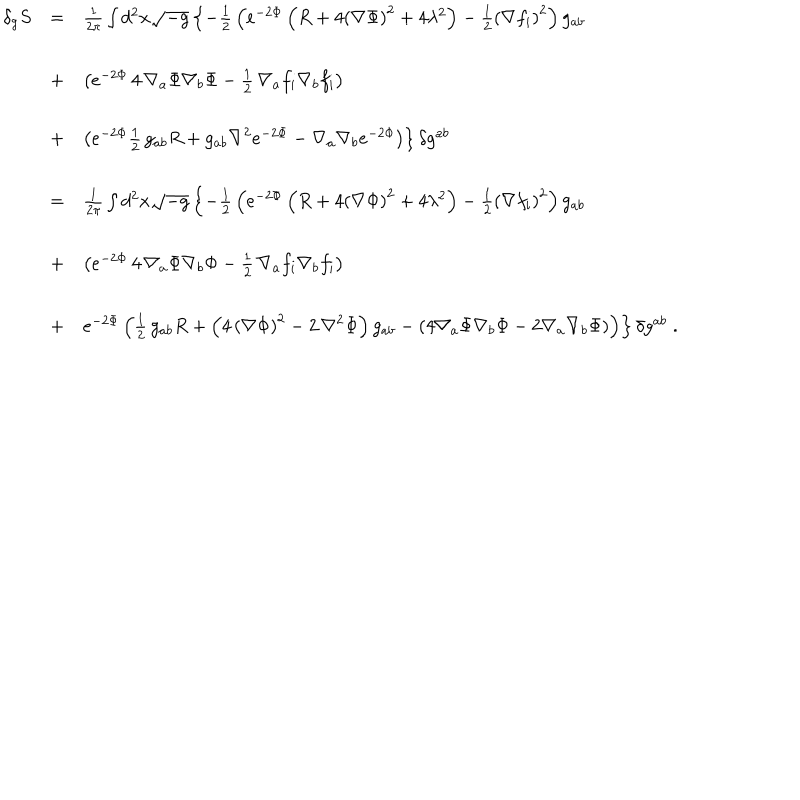
LaTeX: \begin{array} { l c l } { { \delta _ { g } S } } & { { = } } & { { { \frac { 1 } { 2 \pi } } \int d ^ { 2 } x \sqrt { - g } \left\{ - { \frac { 1 } { 2 } } \left( e ^ { - 2 \Phi } \left( R + 4 { \left( \nabla \Phi \right) } ^ { 2 } + 4 \lambda ^ { 2 } \right) - { \frac { 1 } { 2 } } { \left( \nabla f _ { i } \right) } ^ { 2 } \right) g _ { a b } \right. } } \\ { { \ } } & { { + } } & { { \left. \left( e ^ { - 2 \Phi } \, 4 \, \nabla _ { a } \Phi \nabla _ { b } \Phi - { \frac { 1 } { 2 } } \, \nabla _ { a } f _ { i } \nabla _ { b } f _ { i } \right) \right. } } \\ { { } } & { { + } } & { { \left. \left( e ^ { - 2 \Phi } { \frac { 1 } { 2 } } \, g _ { a b } R + g _ { a b } { \nabla } ^ { 2 } e ^ { - 2 \Phi } - \nabla _ { a } \nabla _ { b } e ^ { - 2 \Phi } \right) \right\} \delta g ^ { a b } } } \\ { { } } & { { = } } & { { { \frac { 1 } { 2 \pi } } \int d ^ { 2 } x \sqrt { - g } \left\{ - { \frac { 1 } { 2 } } \left( e ^ { - 2 \Phi } \left( R + 4 { \left( \nabla \Phi \right) } ^ { 2 } + 4 \lambda ^ { 2 } \right) - { \frac { 1 } { 2 } } { \left( \nabla f _ { i } \right) } ^ { 2 } \right) g _ { a b } \right. } } \\ { { } } & { { + } } & { { \left( e ^ { - 2 \Phi } \, 4 \, \nabla _ { a } \Phi \nabla _ { b } \Phi - { \frac { 1 } { 2 } } \, \nabla _ { a } f _ { i } \nabla _ { b } f _ { i } \right) } } \\ { { \ } } & { { + } } & { { \left. e ^ { - 2 \Phi } \left( { \frac { 1 } { 2 } } \, g _ { a b } R + \left( 4 \, { \left( \nabla \Phi \right) } ^ { 2 } - 2 \, { \nabla } ^ { 2 } \Phi \right) g _ { a b } - \left( 4 \nabla _ { a } \Phi \nabla _ { b } \Phi - 2 \nabla _ { a } \nabla _ { b } \Phi \right) \right) \right\} \delta g ^ { a b } \; . } } \\ \end{array}